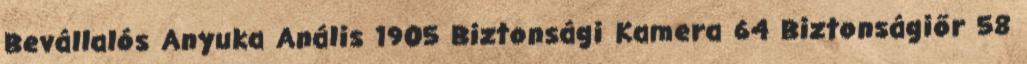
Bevállalós Anyuka Anális 1905 Biztonsági Kamera 64 Biztonságiőr 58